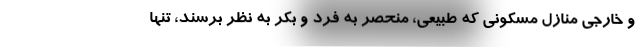
و خارجی منازل مسکونی که طبیعی، منحصر به فرد و بکر به نظر برسند، تنها